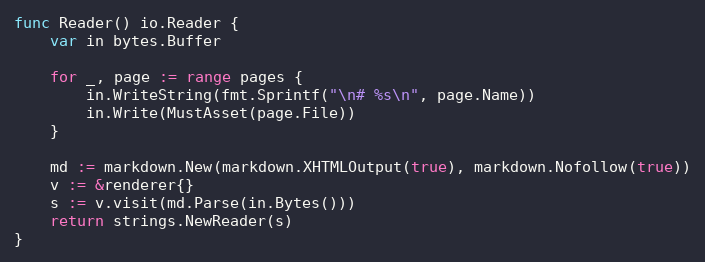
Language: Go
func Reader() io.Reader {
	var in bytes.Buffer

	for _, page := range pages {
		in.WriteString(fmt.Sprintf("\n# %s\n", page.Name))
		in.Write(MustAsset(page.File))
	}

	md := markdown.New(markdown.XHTMLOutput(true), markdown.Nofollow(true))
	v := &renderer{}
	s := v.visit(md.Parse(in.Bytes()))
	return strings.NewReader(s)
}